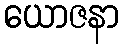
ယောဇနာ